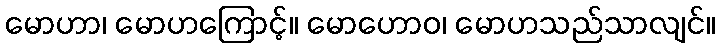
မောဟာ၊ မောဟကြောင့်။ မောဟောဝ၊ မောဟသည်သာလျင်။